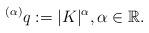
LaTeX: \begin{align*}^{\left( \alpha \right) }q:=|K|^{\alpha},\alpha \in\mathbb{R}. \end{align*}